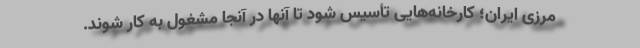
مرزی ایران؛ کارخانه‌هایی تأسیس شود تا آنها در آنجا مشغول به کار شوند.